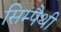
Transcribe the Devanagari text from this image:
सिम्पैथी